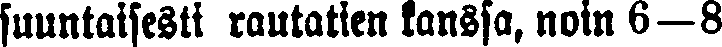
suuntaisesti rautatien kanssa, noin 6—8